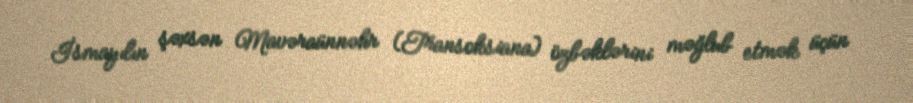
İsmayılın şəxsən Mavəraünnəhr (Transoksiana) özbəklərini məğlub etmək üçün